Lock hospitals Punjab
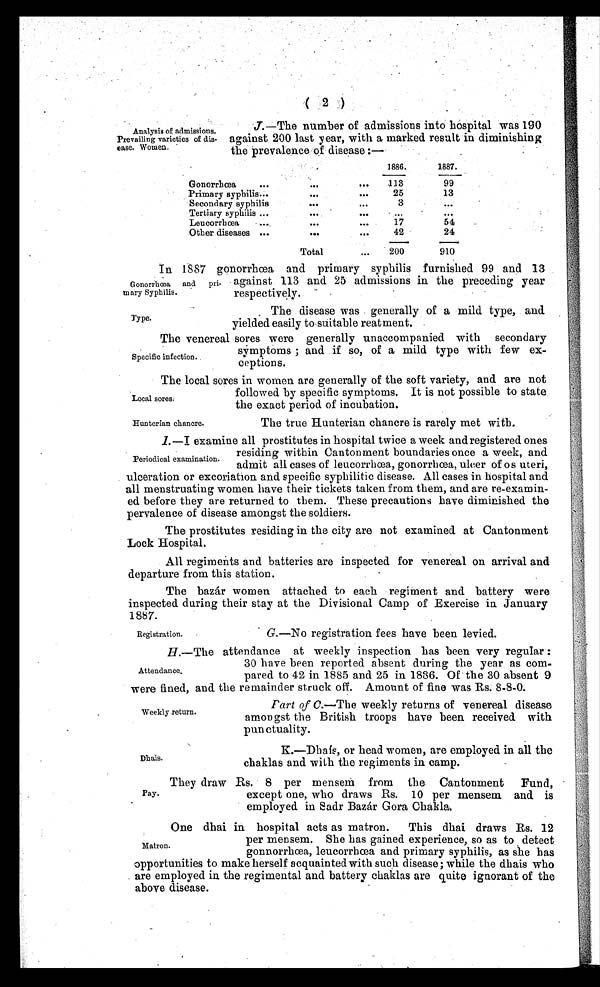
Gonorrhœa and pri-
mary Syphilis.
Type.
Local sores
Munterian chancre.
( 2 )
Analysis of admissions.
Prevailing varieties of dis.
ease. Women.
J.—The number of admissions into hospital was 190
against 200 last year, with a marked result in diminishing
the prevalence of disease:—
1886.
1887.
Gonorrhœa
. . .
. . . ...
113
99
Primary syphilis...
. . . . . .
25
13
Secondary syphilis
. . . . . .
3
. . .
Tertiary syphilis ...
. . . . . .
...
. . .
Leucorrhœa
...
. . . . . .
17
54
Other diseases ...
. . . . . .
42
24
Total
...
200
910
In 1887 gonorrhœa and primary syphilis furnished 99 and 13
against 113 and 25 admissions in the preceding year
respectively.
The disease was generally of a mild type, and
yielded easily to suitable reatment.
The venereal sores were generally unaccompanied with secondary
symptoms; and if so, of a mild type with few ex-
ceptions.
The local sores in women are generally of the soft variety, and are not
followed by specific symptoms. It is not possible to state
the exact period of incubation.
The true Hunterian chancre is rarely met with.
I.—I examine all prostitutes in hospital twice a week and registered ones a week and registered ones
residing within Cantonment boundaries once a week, and
admit all cases of leucorrhœa, gonorrhœa, ulcer of os uteri,
ulceration or excoriation and specific syphilitic disease. All cases in hospital and
all menstruating women have their tickets taken from them, and are re-examin-
ed before they are returned to them. These precautions have diminished the
pervalence of disease amongst the soldiers.
The prostitutes residing in the city are not examined at Cantonment
Lock Hospital.
All regiments and batteries are inspected for venereal on arrival and
departure from this station.
The bazár women attached to each regiment and battery were
inspected during their stay at the Divisional Camp of Exercise in January
1887.
Specific infection.
Periodical examination.
Registration.
G. —No registration fees have been levied.
H. —The attendance at weekly inspection has been very regular:
30 have been reported absent during the year as com-
pared to 42 in 1885 and 25 in 1886. Of the 30 absent 9
were fined, and the remainder struck off. Amount of fine was Rs. 8-8-0.
Attendance.
Weekly return.
Dhais.
Part of C. —The weekly returns of venereal disease
amongst the British troops have been received with
punctuality.
K. —Dhais, or head women, are employed in all the
chaklas and with the regiments in camp.
Pay.
They draw Rs. 8 per mensem from the Cantonment Fund,
except one, who draws Rs. 10 per mensem and is
employed in Sadr Bazár Gora Chakla.
One dhai in hospital acts as matron.
This dhai draws Rs. 12
per mensem. She has gained experience, so as to detect
gonnorrhcea, leucorrhcea and primary syphilis, as she has
opportunities to make herself acquainted with such disease; while the dhais who
are employed in the regimental and battery chaklas are quite ignorant of the
above disease.
Matron.